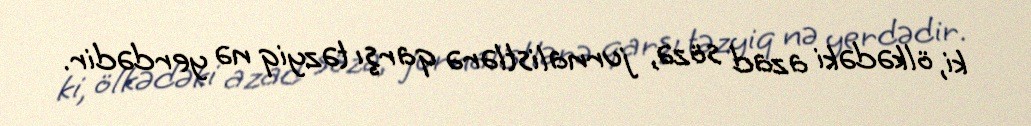
ki, ölkədəki azad sözə, jurnalistlərə qarşı təzyiq nə yerdədir.